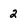
Character: 2